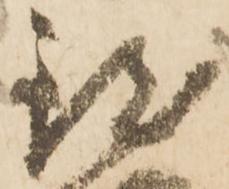
致